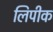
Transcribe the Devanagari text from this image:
लिपीक